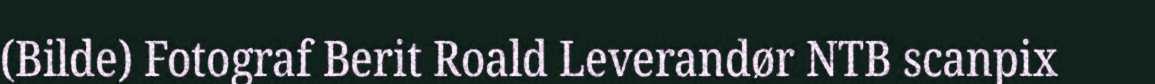
(Bilde) Fotograf Berit Roald Leverandør NTB scanpix